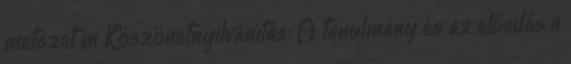
metszet m Köszönetnyilvánítás: A tanulmány és az előadás a